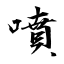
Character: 噴